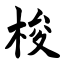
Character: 梭